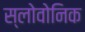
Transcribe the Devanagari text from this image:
स्लोवोनिक